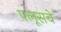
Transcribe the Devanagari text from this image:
पलूसचे